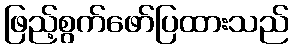
ဖြည့်စွက်ဖော်ပြထားသည်